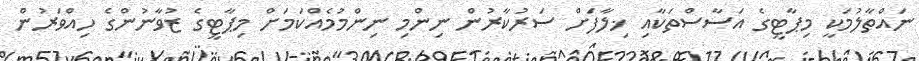
ނައްތާލުމަކީ މިޕާޓީގެ އަސާސްތަކާއި ޚިލާފަށް ސަރުކާރުން ނިންމި ނިންމުމެއްކަމަށް މިޕާޓީގެ ޒުވާނުންގެ ހިއްވަރުން